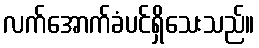
လက်အောက်ခံပင်ရှိသေးသည်။